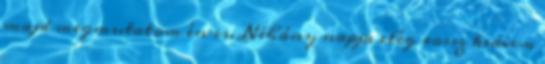
majd megmutatom én is. Néhány napja elég rossz kedvem